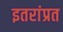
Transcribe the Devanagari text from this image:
इतरांप्रत